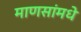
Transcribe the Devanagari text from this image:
माणसांमधे